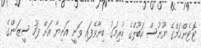
ޓޮޓެންހަމްގެ ޔޫނުސް ކަބޫލްގެ ކުރިމަގު ބިނާވެފައި ވަނީ އަނިޔާ އަށް ފަހު ސީޒަންގެ